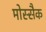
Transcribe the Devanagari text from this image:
मोस्सैक